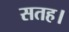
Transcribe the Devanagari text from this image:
सतह।